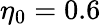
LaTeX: \eta_{0}=0.6